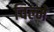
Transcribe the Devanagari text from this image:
चिल्मे